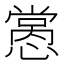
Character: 𢡭